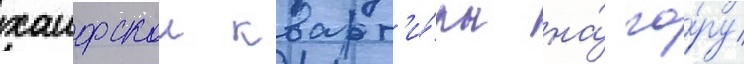
хаифскои кварт'и́ры на́ го́ру